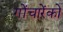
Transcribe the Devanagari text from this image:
गोंचारेंको